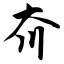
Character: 夼